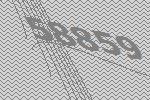
58859